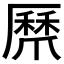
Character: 𭶸